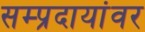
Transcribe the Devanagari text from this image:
सम्प्रदायांवर